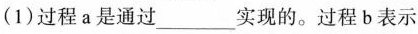
(1) 过程 a 是通过___实现的。过程 b 表示